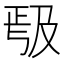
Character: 𭆱